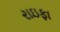
રાઇફા